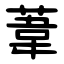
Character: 葦